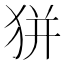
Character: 𤝴